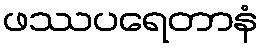
ဖဿပရေတာနံ